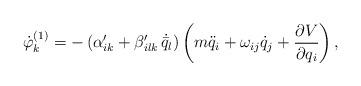
LaTeX: \begin{align*} \dot{\varphi}^{(1)}_k = - \left ( \alpha'_{ik} + \beta'_{ilk} \, \dot{\bar{q}}_l \right ) \left ( m \ddot{q}_i + \omega_{ij} \dot{q}_j + \frac{\partial V}{\partial q_i} \right ) ,\end{align*}